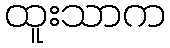
ထူးသာက